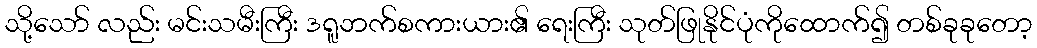
သို့သော် လည်း မင်းသမီးကြီး ဒရူဘက်စကားယား၏ ရေးကြီး သုတ်ဖြုနိုင်ပုံကိုထောက်၍ တစ်ခုခုတော့